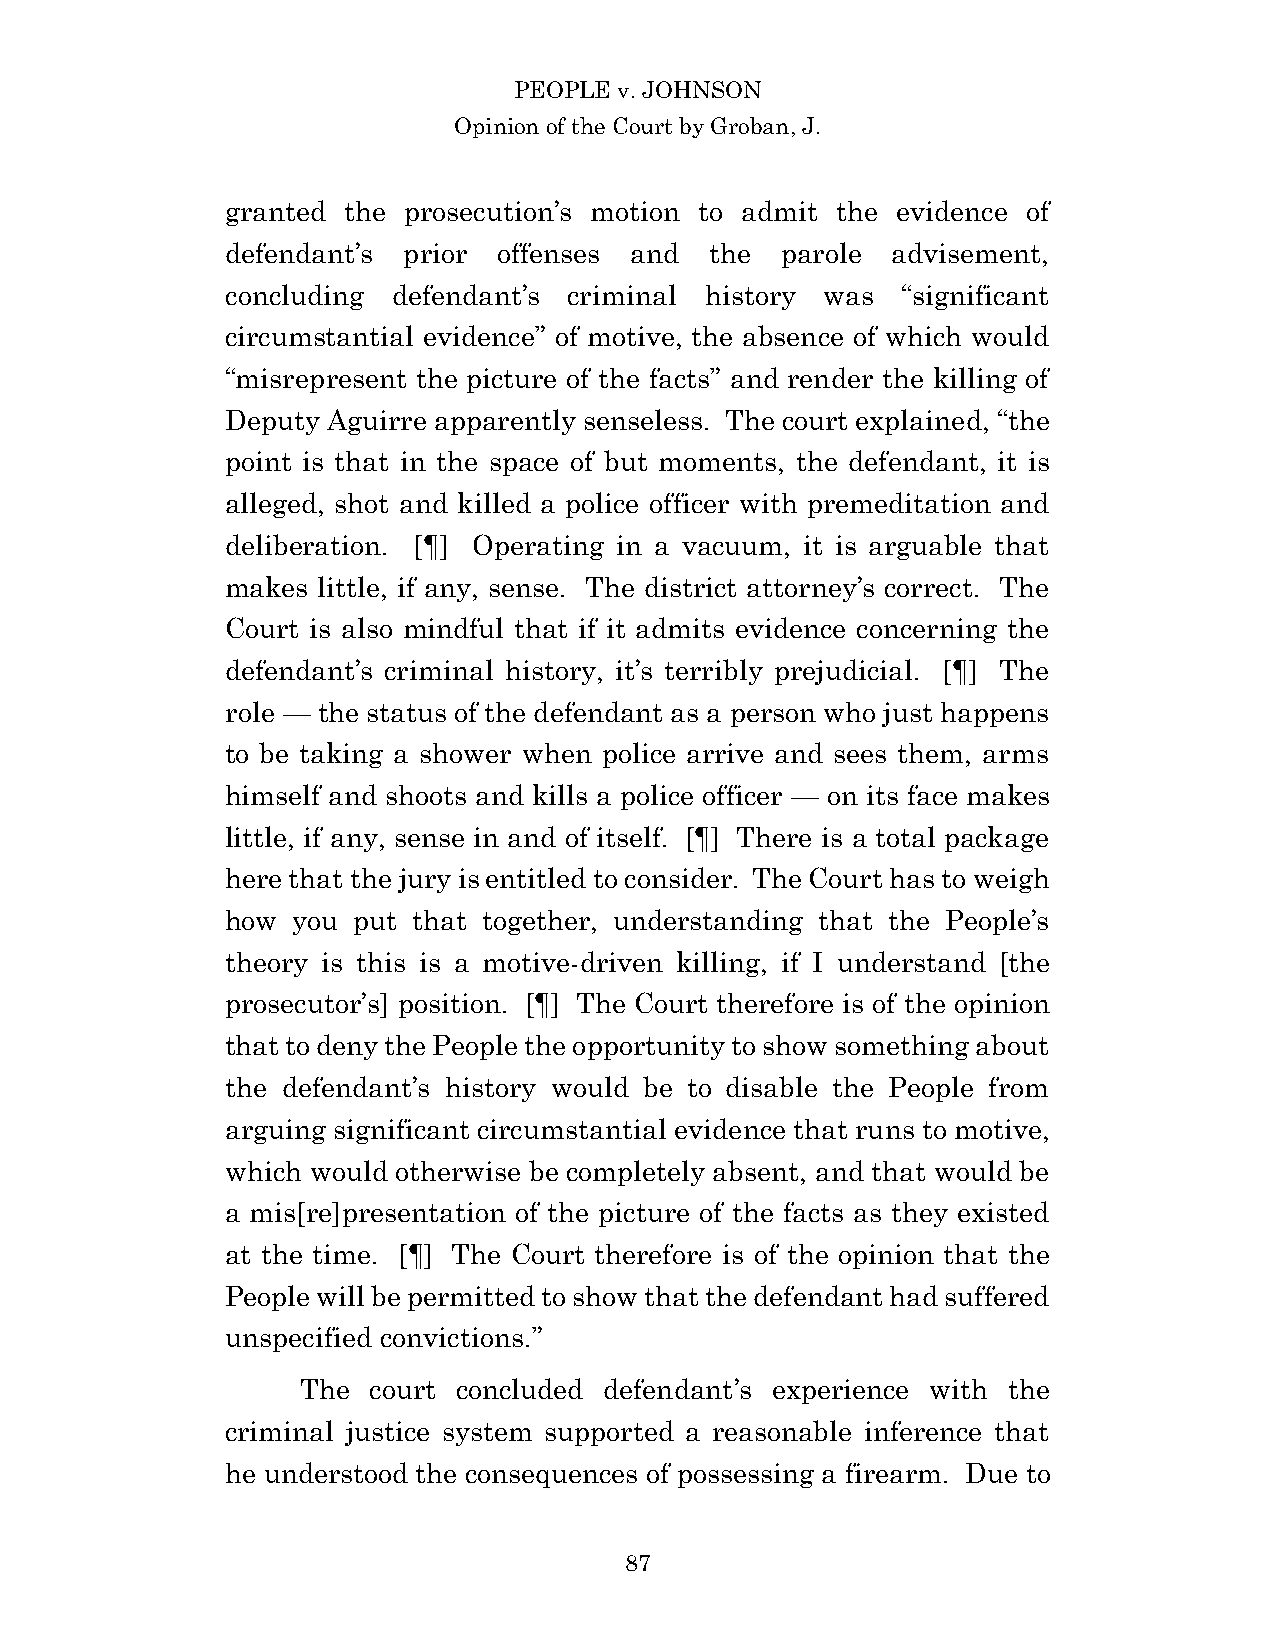
PEOPLE v. JOHNSON
 Opinion of the Court by Groban, J.
 granted the prosecution’s motion to admit the evidence of
 defendant’s prior offenses and  the  parole advisement,
 concluding defendant’s criminal history was  “significant
 circumstantial evidence” of motive, the absence of which would
 “misrepresent the picture of the facts” and render the killing of
 Deputy Aguirre apparently senseless. The court explained, “the
 point is that in the space of but moments, the defendant, it is
 alleged, shot and killed a police officer with premeditation and
 deliberation. [¶] Operating in a vacuum, it is arguable that
 makes little, if any, sense. The district attorney’s correct. The
 Court is also mindful that if it admits evidence concerning the
 defendant’s criminal history, it’s terribly prejudicial. [¶] The
 role — the status of the defendant as a person who just happens
 to be taking a shower when police arrive and sees them, arms
 himself and shoots and kills a police officer — on its face makes
 little, if any, sense in and of itself. [¶] There is a total package
 here that the jury is entitled to consider. The Court has to weigh
 how you put that together, understanding that the People’s
 theory is this is a motive-driven killing, if I understand [the
 prosecutor’s] position. [¶] The Court therefore is of the opinion
 that to deny the People the opportunity to show something about
 the defendant’s history would be to disable the People from
 arguing significant circumstantial evidence that runs to motive,
 which would otherwise be completely absent, and that would be
 a mis[re]presentation of the picture of the facts as they existed
 at the time. [¶] The Court therefore is of the opinion that the
 People will be permitted to show that the defendant had suffered
 unspecified convictions.”
 The court concluded defendant’s experience with the
 criminal justice system supported a reasonable inference that
 he understood the consequences of possessing a firearm. Due to
 8 7